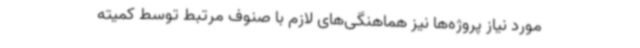
مورد نیاز پروژه‌ها نیز هماهنگی‌های لازم با صنوف مرتبط توسط کمیته